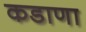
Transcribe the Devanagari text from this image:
कडाणा